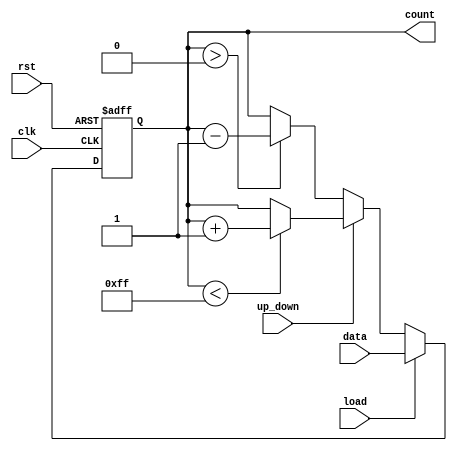
module loadable_counter (
    input wire clk,             // Clock signal
    input wire rst,             // Asynchronous reset
    input wire load,            // Load control signal
    input wire [7:0] data,      // Load value (8-bit)
    input wire up_down,         // Count direction (1 = up, 0 = down)
    output reg [7:0] count      // Current counter value (8-bit)
);

    // Define maximum and minimum values for the counter
    parameter MAX_COUNT = 8'hFF; // Maximum value for 8-bit counter
    parameter MIN_COUNT = 8'h00;  // Minimum value for 8-bit counter

    // Asynchronous reset and load functionality
    always @(posedge clk or posedge rst) begin
        if (rst) begin
            count <= MIN_COUNT; // Reset counter to zero
        end else if (load) begin
            count <= data; // Load new value into counter
        end else begin
            // Counting operation
            if (up_down) begin
                // Count up
                if (count < MAX_COUNT) begin
                    count <= count + 1; // Increment counter
                end
                // Optionally, handle overflow
                // else begin
                //     count <= MIN_COUNT; // Wrap around to zero
                // end
            end else begin
                // Count down
                if (count > MIN_COUNT) begin
                    count <= count - 1; // Decrement counter
                end
                // Optionally, handle underflow
                // else begin
                //     count <= MAX_COUNT; // Wrap around to max value
                // end
            end
        end
    end

endmodule